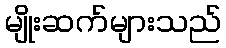
မျိုးဆက်များသည်